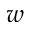
w